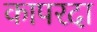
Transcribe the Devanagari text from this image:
कापरदा